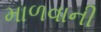
માળવાની